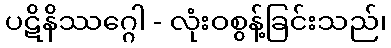
ပဋိနိဿဂ္ဂေါ - လုံးဝစွန့်ခြင်းသည်၊